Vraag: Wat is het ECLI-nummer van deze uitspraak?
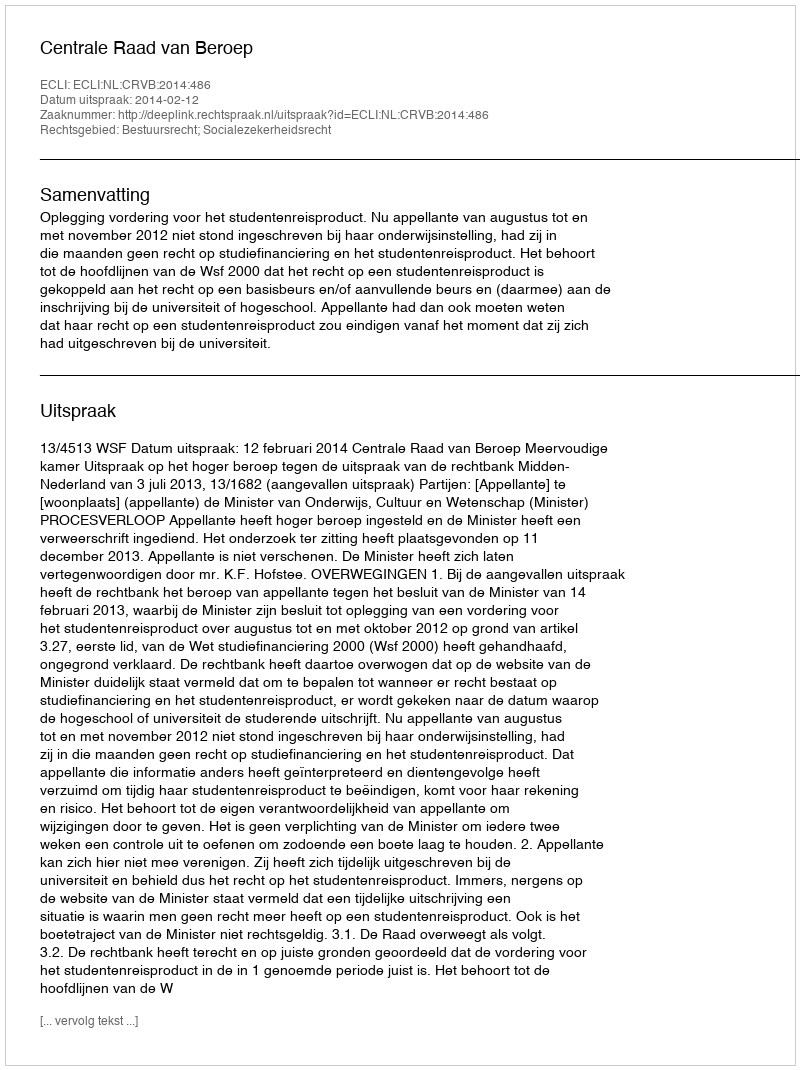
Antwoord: ECLI:NL:CRVB:2014:486